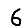
Digit: 6